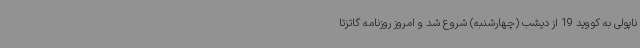
ناپولی به کووید 19 از دیشب (چهارشنبه) شروع شد و امروز روزنامه گاتزتا